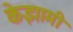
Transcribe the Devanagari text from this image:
केझामी